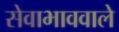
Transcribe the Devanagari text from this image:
सेवाभाववाले